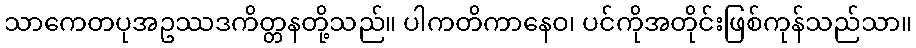
သာကေတပုအဥဿဒကိတ္တနတို့သည်။ ပါကတိကာနေဝ၊ ပင်ကိုအတိုင်းဖြစ်ကုန်သည်သာ။